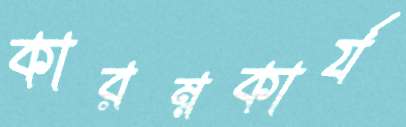
কারম্নকার্য